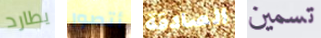
يطارد أتصور الصادقة تسمين